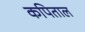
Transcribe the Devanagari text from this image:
कपिताल